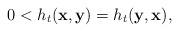
LaTeX: \begin{align*} 0<h_t(\mathbf x,\mathbf y)=h_t(\mathbf y,\mathbf x), \end{align*}